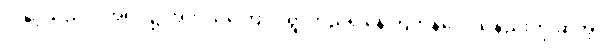
ဒါနှင့်သည်လိုအရပ်၌ အဘယ်ကြောင့် ရွာတည်၍နေကြကုန်လေသနည်းဟု ဆိုအံ့။